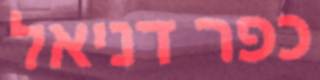
כפר דניאל